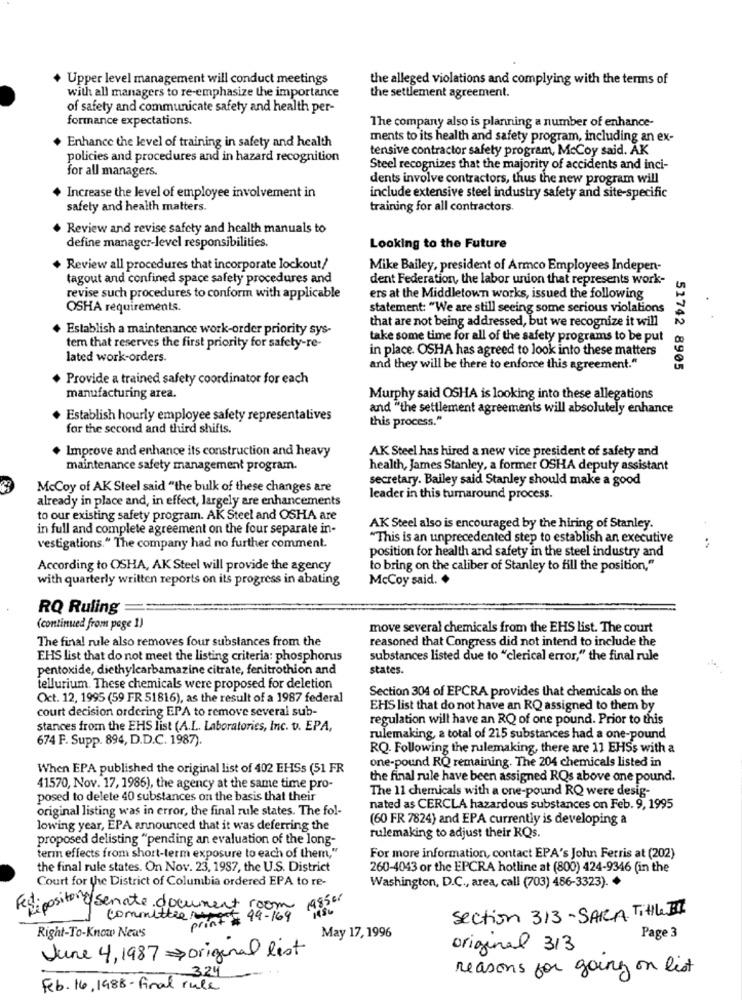
+ Upper level management will conduct meetings
the alleged violations and complying with the terms of
with all managers to re-emphasize the importance
the settlement agreement.
of safety and communicate safety and health per-
formance expectations.
The company also is planning a number of enhance-
Enhance the level of training in safety and health
ments to its health and safety program, including an ex-
tensive contractor safety program, McCoy said. AK
policies and procedures and in hazard recognition
for all managers.
Steel recognizes that the majority of accidents and inci-
dents involve contractors, thus the new program will
Increase the level of employee involvement in
include extensive steel industry safety and site-specific
safety and health matters.
training for all contractors.
Review and revise safety and health manuals to
define manager-level responsibilities.
Looking to the Future
Review all procedures that incorporate lockout/
Mike Bailey, president of Armco Employees Indepen-
tagout and confined space safely procedures and
dent Federation, the labor union that represents work-
revise such procedures to conform with applicable
ers at the Middletown works, issued the following
OSHA requirements.
statement: "We are still seeing some serious violations
Establish a maintenance work-order priority sys-
that are not being addressed, but we recognize it will
take some time for all of the safety programs to be put
tem that reserves the first priority for safety-re-
in place. OSHA has agreed to look into these matters
lated work-orders.
and they will be there to enforce this agreement."
Provide a trained safety coordinator for each
51742 8905
manufacturing area.
Murphy said OSHA is looking into these allegations
and "the settlement agreements will absolutely enhance
Establish hourly employee safety representatives
this process."
for the second and third shifts.
Improve and enhance its construction and heavy
AK Steel has hired a new vice president of safety and
maintenance safety management program.
health, James Stanley, a former OSHA deputy assistant
secretary. Bailey said Stanley should make a good
McCoy of AK Steel said "the bulk of these changes are
already in place and, in effect, largely are enhancements
leader in this tumaround process.
to our existing safety program. AK Steel and OSHA are
in full and complete agreement on the four separate in-
AK Steel also is encouraged by the hiring of Stanley.
"This is an unprecedented step to establish an executive
vestigations." The company had no further comment.
position for health and safety in the steel industry and
According to OSHA, AK Steel will provide the agency
to bring on the caliber of Stanley to fill the position,"
with quarterly written reports on its progress in abating
McCoy said.
RQ Ruling=
(continued from page 1)
move several chemicals from the EHS list. The court
The final rule also removes four substances from the
reasoned that Congress did not intend to include the
EHS list that do not meet the listing criteria: phosphorus
substances listed due to "clerical error," the final rule
pentoxide, diethylcarbamazine citrate, fenitrothion and
states.
tellurium. These chemicals were proposed for deletion
Section 304 of EPCRA provides that chemicals on the
Oct. 12, 1995 (59 FR 51816), as the result of a 1987 federal
court decision ordering EPA to remove several sub-
EHS list that do not have an RQ assigned to them by
regulation will have an RQ of one pound. Prior to this
stances from the EHS list (A.L. Laboratories, Inc. v. EPA,
674 F. Supp. 894, D.D.C. 1987).
rulemaking, a total of 215 substances had a one-pound
RQ. Following the rulemaking, there are 11 EHSs with a
one-pound RQ remaining. The 204 chemicals listed in
When EPA published the original list of 402 EHSs (51 FR
the final rule have been assigned RQs above one pound.
41570, Nov. 17, 1986), the agency at the same time pro-
The 11 chemicals with a one-pound RQ were desig-
posed to delete 40 substances on the basis that their
original listing was in error, the final rule states. The fol-
nated as CERCLA hazardous substances on Feb. 9, 1995
(60 FR 7824) and EPA currently is developing a
lowing year, EPA announced that it was deferring the
proposed delisting "pending an evaluation of the long-
rulemaking to adjust their KQs.
term effects from short-term exposure to each of them,"
For more information, contact EPA's John Ferris at (202)
the final rule states. On Nov. 23, 1987, the U.S. District
260-4043 or the EPCRA hotline at (800) 424-9346 (in the
Court for the District of Columbia ordered EPA to re-
Washington, D.C ., area, call (703) 486-3323).
edipositono senate document room 983er
committee upad
print 99-169
section 313 - SARA Title I
Right-To-Know New's
May 17, 1996
Page 3
June 4, 1987 original list
original 3/3
reasons for going on list
324
Feb. 16, 1988- Final rule